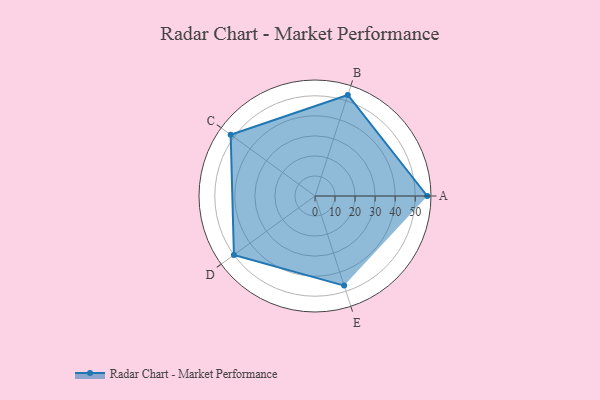
{"axis": {"x": "Skill", "y": "Score"}, "legend": ["Profile"], "data": [{"x": "A", "y": 56.0, "type": "Profile"}, {"x": "B", "y": 53.0, "type": "Profile"}, {"x": "C", "y": 52.0, "type": "Profile"}, {"x": "D", "y": 50.0, "type": "Profile"}, {"x": "E", "y": 47.0, "type": "Profile"}]}